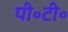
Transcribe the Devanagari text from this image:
पी॰टी॰